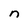
Character: n